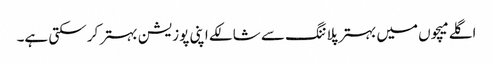
اگلے میچوں میں بہتر پلاننگ سے شالکے اپنی پوزیشن بہتر کر سکتی ہے۔